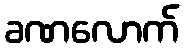
ခဏလောက်